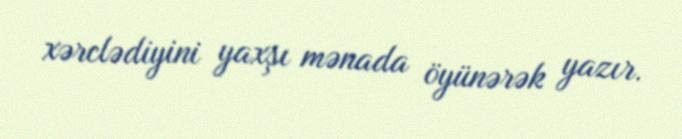
xərclədiyini yaxşı mənada öyünərək yazır.